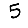
Digit: 5